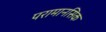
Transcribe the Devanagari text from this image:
परामानसिक